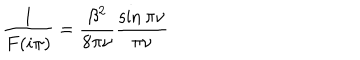
\frac { 1 } { F ( i \pi ) } = \frac { \beta ^ { 2 } } { 8 \pi \nu } \frac { \sin \pi \nu } { \pi \nu }